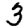
Digit: 3